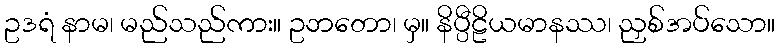
ဥဒရံ နာမ၊ မည်သည်ကား။ ဥဘတော၊ မှ။ နိပ္ပီဠိယမာနဿ၊ ညှစ်အပ်သော။